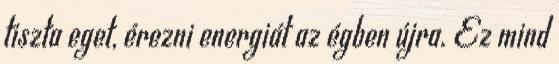
tiszta eget, érezni energiát az égben újra. Ez mind